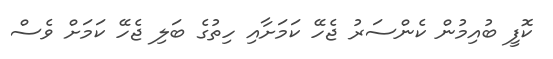
ކޮފީ ބުއިމުން ކެންސަރު ޖެހޭ ކަމަށާއި ހިތުގެ ބަލި ޖެހޭ ކަމަށް ވެސް